Newspaper: Daily public ledger. [volume]
Place of publication: Maysville, Ky.
Publisher: Public Ledger Co.
Date: 1900-05-31 00:00:00
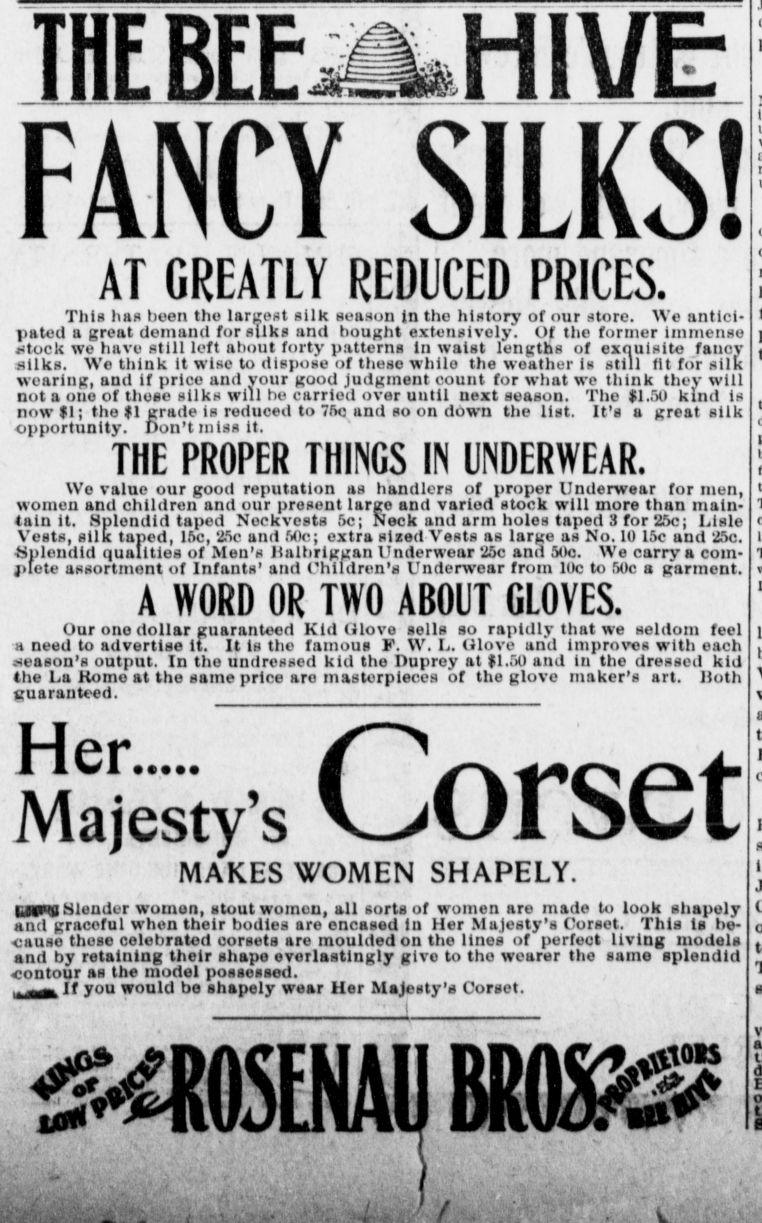
Advertisement text (OCR):
THE BEE FANCY &m$$& AT GREATLY REDUCED PRICES. This has been the largest silk season Jn the history of our store. We antici pated a great demand for silks and bought extenslvely. Of the former immense uteck we have still left about forty patterns In waist lengths of exquisite fancy silks. We think it wise te dispose of these while the weather is still tit fe'r silk wearing, and If prlce and your geed Judgment count for what we think they will net a oue of these silks will be carried evor until next season. The $1.50 kind is new $1; the $1 grade is reduced te "fie and opportunity, jjeivuniss n. THE PROPER THINGS IN UNDERWEAR. We value our geed reputation as handlers of preper Undorwear for men, wemen anu cnutiren ami our proseni large arze tain it. Splendid taped Neckvcsts 5c: tain it. apien Vests, silk ta taped. 15c. 25c and 50c: extra Splendid qualities of Men's Balbriggan jnete assortment of Infants' and Children's A WORD OR TWO ABOUT GLOVES. Our ene dollar guaranteed Kid Glevo soils se rapidly that we seldom feel a need te advertise it. It is the famous F. W. L. Glevo and Improves with each reason's output. In the undressed kid the Duprey at f 1.50 and In the dressed kid the La Heme at the same price are masterpieces of the glove maker's art. Beth guaranteed. JTTGr..... Majesty's MAKES WOMEN SHAPELY. EHtra Slonder wemen, stout wemen, all sorts of wemen are made te leek shapely and graceful when their bodies are oncased in Her Majesty's Corset. This Is be be bo cause theso colebratod corsets are meulded en the lines of perfect living medels and by retaining their shape everlastingly glve te the wearer the same splendid contour as the model possessod. ,lr you weuiu de snapeiy wear uer J?ftSFN All RfiftxJ HIVE se en d6wn the list. It's a great silk ana varien sieck win mero man main Neck and arm heles taped 3 for 25c; Lisle slzed vests as large as Ne. 10 15c and 25c. Undorwear 25c and 50c Underwear from 10c te 50c a garment, 31L13 versct fliajesty's uorset.
Label: illustrations